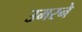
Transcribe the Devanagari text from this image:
उमरने